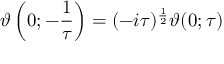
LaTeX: \vartheta \left( 0 ; - { \frac { 1 } { \tau } } \right) = ( - i \tau ) ^ { \frac { 1 } { 2 } } \vartheta ( 0 ; \tau )